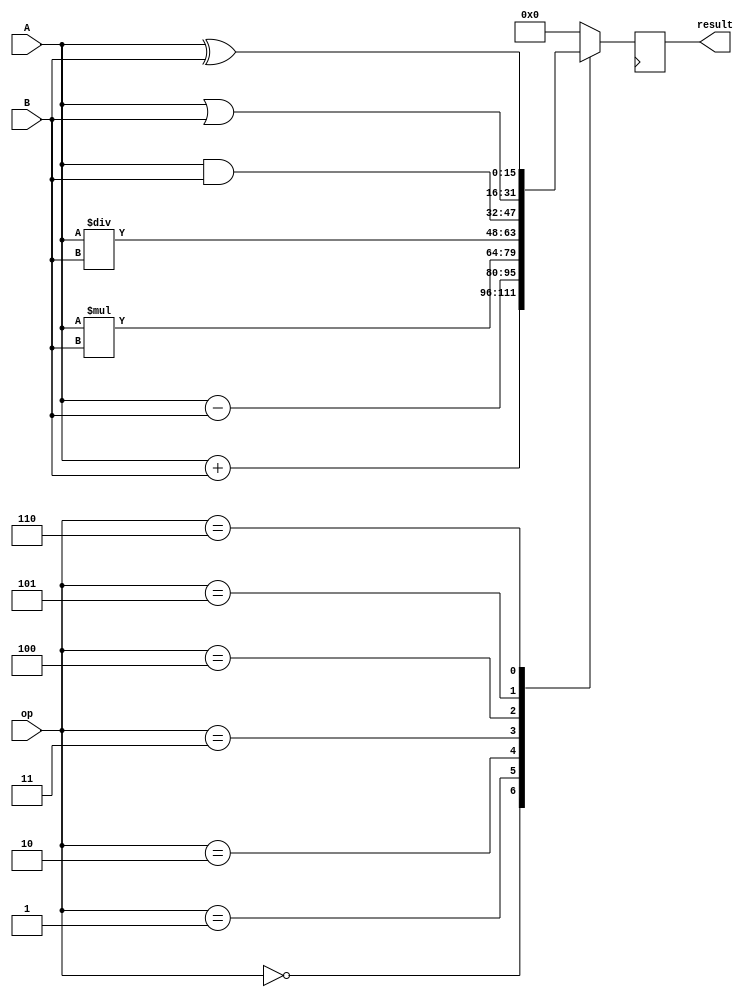
module ALU(
    input [15:0] A,
    input [15:0] B,
    input [2:0] op,
    output reg [15:0] result
);

always @(posedge clk) begin
    case(op)
        3'b000: begin // add
            result <= A + B;
        end
        3'b001: begin // subtract
            result <= A - B;
        end
        3'b010: begin // multiply
            result <= A * B;
        end
        3'b011: begin // divide
            result <= A / B;
        end
        3'b100: begin // AND
            result <= A & B;
        end
        3'b101: begin // OR
            result <= A | B;
        end
        3'b110: begin // XOR
            result <= A ^ B;
        end
        default: begin
            result <= 16'b0;
        end
    endcase
end

endmodule